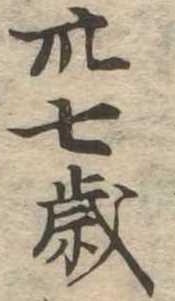
卅七歳